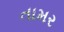
તામર